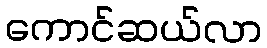
ကောင်ဆယ်လာ